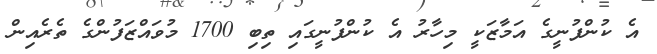
އެ ކުންފުނީގެ އަމާޒަކީ މިހާރު އެ ކުންފުނީގައި ތިބި 1700 މުވައްޒަފުންގެ ތެރެއިން